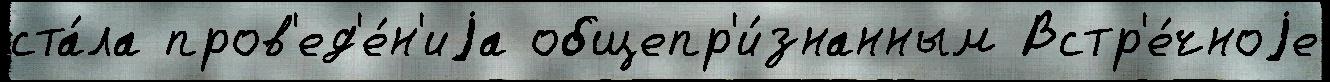
ста́ла пров'ед'е́н'иjа общепр'и́знанным Встр'е́чноjе